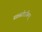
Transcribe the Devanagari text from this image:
प्रशस्तोऽस्मिन्